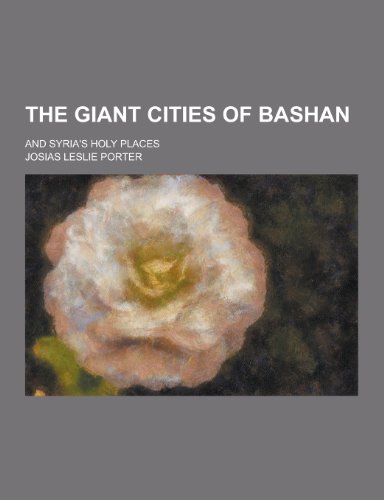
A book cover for The Giant Cities of Bashan; And Syria's Holy Places; Josias Leslie Porter; History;